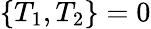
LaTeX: \left\{ T_{1},T_{2}\right\} =0